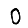
Digit: 0